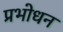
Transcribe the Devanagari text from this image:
प्रभोधन